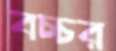
বচ্চর